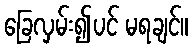
ခြေလှမ်း၍ပင် မရချင်။